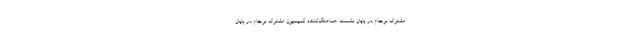
مشترک برجام در پایان نشست هماهنگ‌کننده کمیسیون مشترک برجام در پایان